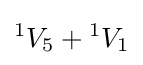
{}^{1}V_{5}+{}^{1}V_{1}